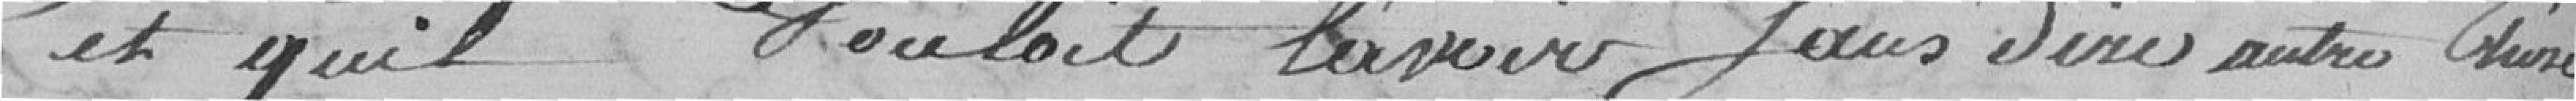
et qu'il voulait l'avoir sans dire autre ???